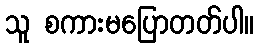
သူ စကားမပြောတတ်ပါ။